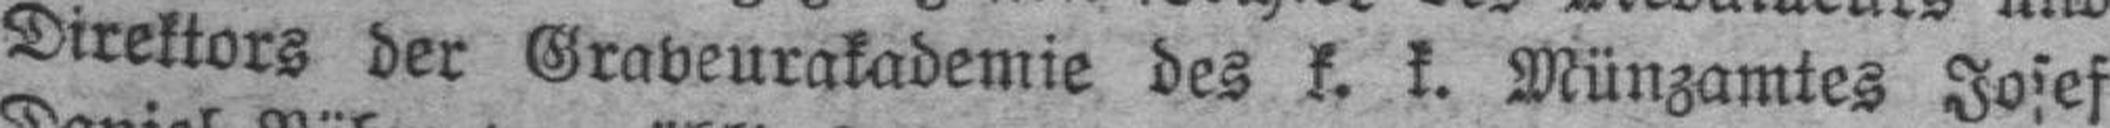
Direktors der Graveurakademie des k. k. Münzamtes Josef